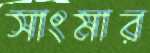
সাংমার